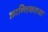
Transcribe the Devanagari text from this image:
क्रान्तिकतया